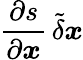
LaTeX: \displaystyle\frac{\partial s}{\partial\boldsymbol{x}}\, \tilde{\delta}\boldsymbol{x}